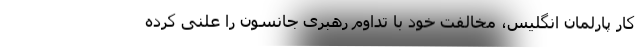
کار پارلمان انگلیس، مخالفت خود با تداوم رهبری جانسون را علنی کرده